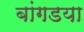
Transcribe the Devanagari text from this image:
बांगडया